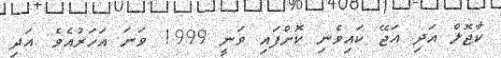
ކާޖޮލް އަދި އަޖޭ ކައިވެނި ކޮށްފައި ވަނީ 1999 ވަނަ އަހަރުއެވެ .އަދި